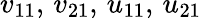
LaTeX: v_{11},\, v_{21},\, u_{11},\, u_{21}